Leaving Certificate, 1897
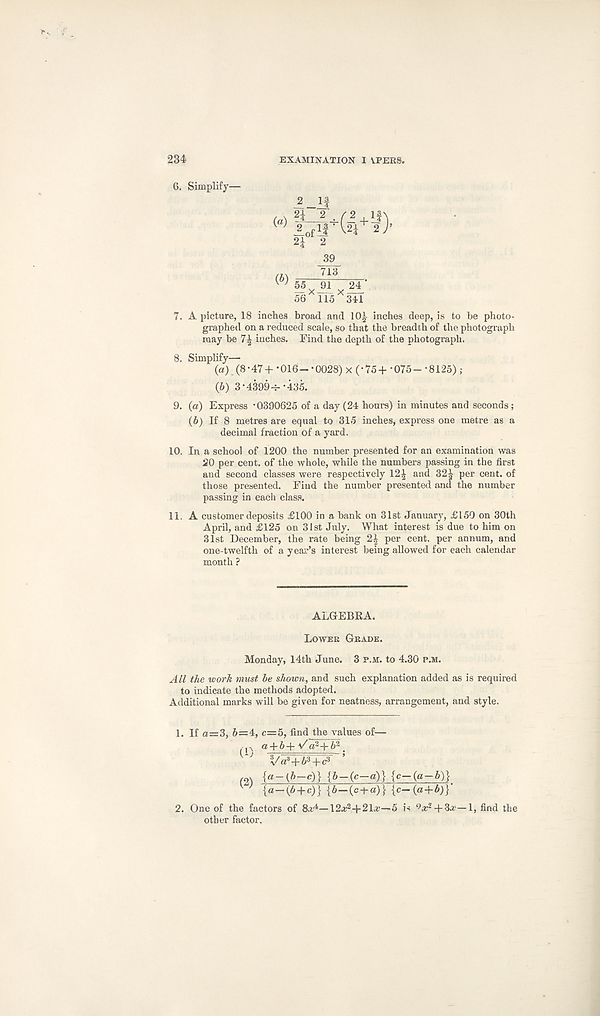
234
EXAMINATION VEERS.
6. Simplify—
_2 _1|
, , 2i 2 / 2 J
(° iofll' ( 2 i
2^ 2
39
713
(b) 55 91 24 V
56 115 341
7. A picture, 18 inches broad and 10^ inches deep, is to be photo-
graphed on a reduced scale, so that the breadth of the photograph
may be 7^ inches. Find the depth of the photograph.
8. Simplify—
(а) (8-47+ -016- -0028) x (-75+ -075 - ‘8125) ;
(б) 3-4399^--435.
9. (a) Express -0390625 of a day (24 hours) in minutes and seconds ;
(b) If 8 metres are equal to 315 inches, express one metre as a
decimal fraction of a yard.
10. In a school of 1200 the number presented for an examination was
20 per cent, of the whole, while the numbers passing in the first
and second classes were respectively 12^ and 32| per cent, of
those presented. Find the number presented and the number
passing in each class.
11. A customer deposits £100 in a bank on 31st January, £150 on 30th
April, and £125 on 31st July. What interest is due to him on
31st December, the rate being 2| per cent, per annum, and
one-twelfth of a year’s interest being allowed for each calendar
month ?
ALGEBRA.
Lower Grade.
Monday, 14th June. 3 p.m. to 4.30 p.m.
All the work must be shown, and such explanation added as is required
to indicate the methods adopted.
Additional marks will be given for neatness, arrangement, and style.
1. If a=3, 5=4, c=5, find the values of—
( p a + 5+v'a 3 +6 2
>
r J Va 3 +5 3 +c 3 5
(2) {a-(5-c)} {6-(c-a)} {c-(a-6)}
K) {a-(6 + C )}{6-(c-ha)}{c-(a+5)r
2. One of the factors of Sa- 4 —12# 2 -4-2Lr-~5 is ^x 2 + 3a.' — 1, find the
other factor.